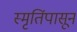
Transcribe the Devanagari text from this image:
स्मृतिंपासून